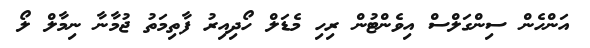
އަންހެން ސިންގަލްސް އިވެންޓުން ރިހި މެޑަލް ހޯދިއިރު ފާތިމަތު ޖުމާނާ ނިމާލް ލޯ